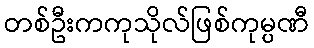
တစ်ဦးကကုသိုလ်ဖြစ်ကုမ္ပဏီ